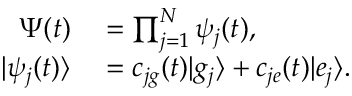
\begin{array} { r l } { \Psi ( t ) } & { { } = \prod _ { j = 1 } ^ { N } \psi _ { j } ( t ) , } \\ { | \psi _ { j } ( t ) \rangle } & { { } = c _ { j g } ( t ) | g _ { j } \rangle + c _ { j e } ( t ) | e _ { j } \rangle . } \end{array}